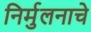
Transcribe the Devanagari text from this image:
निर्मुलनाचे